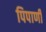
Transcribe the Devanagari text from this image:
पिपाणी